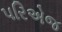
પરિએજ